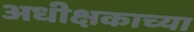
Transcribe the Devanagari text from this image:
अधीक्षकाच्या